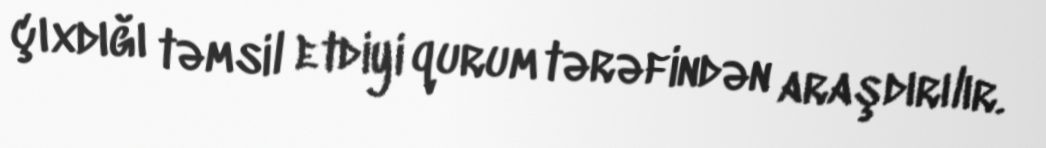
çıxdığı təmsil etdiyi qurum tərəfindən araşdırılır.